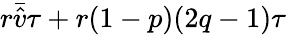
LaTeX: r\bar{\hat{v}}\tau+r(1-p)(2q-1)\tau